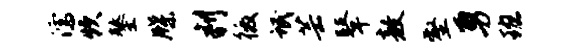
濡炊鏊牒判徼氓芸鼙敖壑勇班